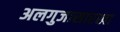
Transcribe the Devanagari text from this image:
अलगुजासारखा